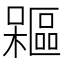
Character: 𣞃